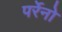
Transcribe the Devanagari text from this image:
पर्रेनो